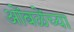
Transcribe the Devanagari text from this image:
ओंबळेंच्या